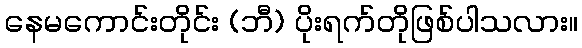
နေမကောင်းတိုင်း (ဘီ) ပိုးရက်တိုဖြစ်ပါသလား။